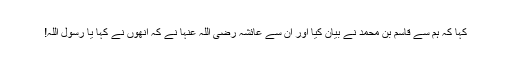
کہا کہ ہم سے قاسم بن محمد نے بیان کیا اور ان سے عائشہ رضی اللہ عنہا نے کہ انھوں نے کہا یا رسول اللہ!